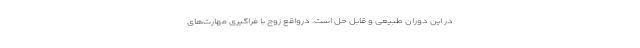
در این دوران طبیعی و قابل حل است. درواقع زوج با فراگیری مهارت‌های